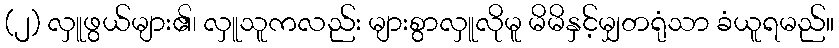
(၂) လှူဖွယ်များ၏၊ လှူသူကလည်း များစွာလှူလိုမူ မိမိနှင့်မျှတရုံသာ ခံယူရမည်။